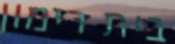
בית רימון